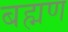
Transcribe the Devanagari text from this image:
बह्मण